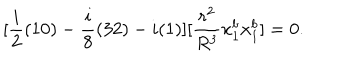
[ \frac { i } { 2 } ( 1 0 ) - \frac { i } { 8 } ( 3 2 ) - i ( 1 ) ] [ \frac { r ^ { 2 } } { R ^ { 3 } } x _ { 1 } ^ { b } x _ { 1 } ^ { b } ] = 0 .